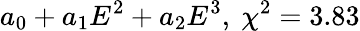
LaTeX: a_{0}+a_{1}E^{2}+a_{2}E^{3},\ \chi^{2}=3.83